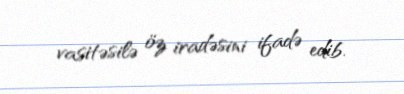
vasitəsilə öz iradəsini ifadə edib.